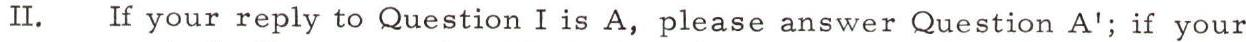
II. If your reply to Question I is A, please answer Question A'; if your